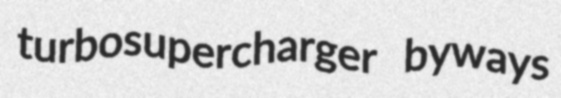
turbosupercharger byways